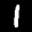
Label: 1